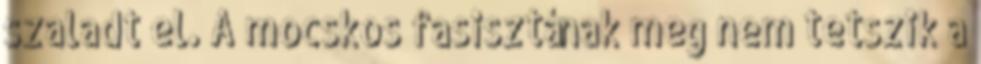
szaladt el. A mocskos fasisztának meg nem tetszik a